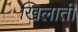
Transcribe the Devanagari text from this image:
खिलातीं